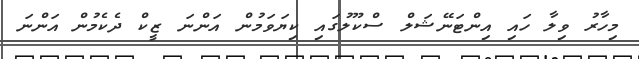
މިހާރު ވިލާ ހައި އިންޓަނޭޝަލް ސްކޫލުގައި ކިޔަވަމުން އަންނަ ޒީކް ދެކެމުން އަންނަ